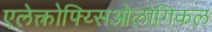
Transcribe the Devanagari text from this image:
एलेक्त्रोफ्य्सिओलोगिकल